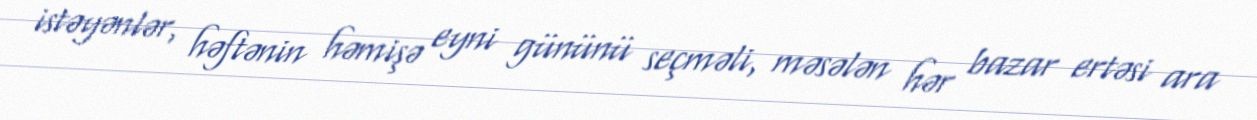
istəyənlər, həftənin həmişə eyni gününü seçməli, məsələn hər bazar ertəsi ara